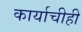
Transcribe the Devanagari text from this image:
कार्याचीही